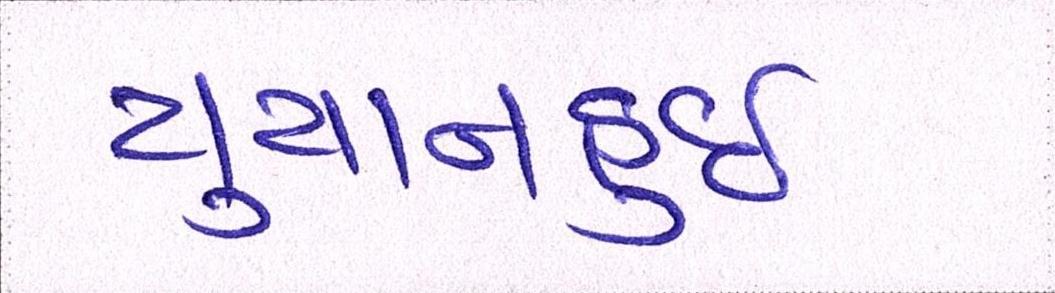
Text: યુયાનહુઈ